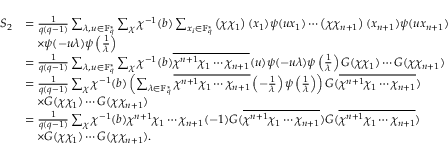
\begin{array} { r l } { S _ { 2 } } & { = \frac { 1 } { q ( q - 1 ) } \sum _ { \lambda , u \in \mathbb { F } _ { q } ^ { * } } \sum _ { \chi } \chi ^ { - 1 } ( b ) \sum _ { x _ { i } \in \mathbb { F } _ { q } ^ { * } } \left( \chi \chi _ { 1 } \right) ( x _ { 1 } ) \psi ( u x _ { 1 } ) \cdots \left( \chi \chi _ { n + 1 } \right) ( x _ { n + 1 } ) \psi ( u x _ { n + 1 } ) } \\ & { \quad \times \psi ( - u \lambda ) \psi \left( \frac { 1 } { \lambda } \right) } \\ & { = \frac { 1 } { q ( q - 1 ) } \sum _ { \lambda , u \in \mathbb { F } _ { q } ^ { * } } \sum _ { \chi } \chi ^ { - 1 } ( b ) \overline { { \chi ^ { n + 1 } \chi _ { 1 } \cdots \chi _ { n + 1 } } } ( u ) \psi ( - u \lambda ) \psi \left( \frac { 1 } { \lambda } \right) G ( \chi \chi _ { 1 } ) \cdots G ( \chi \chi _ { n + 1 } ) } \\ & { = \frac { 1 } { q ( q - 1 ) } \sum _ { \chi } \chi ^ { - 1 } ( b ) \left( \sum _ { \lambda \in \mathbb { F } _ { q } ^ { * } } \overline { { \chi ^ { n + 1 } \chi _ { 1 } \cdots \chi _ { n + 1 } } } \left( - \frac { 1 } { \lambda } \right) \psi \left( \frac { 1 } { \lambda } \right) \right) G ( \overline { { \chi ^ { n + 1 } \chi _ { 1 } \cdots \chi _ { n + 1 } } } ) } \\ & { \quad \times G ( \chi \chi _ { 1 } ) \cdots G ( \chi \chi _ { n + 1 } ) } \\ & { = \frac { 1 } { q ( q - 1 ) } \sum _ { \chi } \chi ^ { - 1 } ( b ) \chi ^ { n + 1 } \chi _ { 1 } \cdots \chi _ { n + 1 } ( - 1 ) G ( \overline { { \chi ^ { n + 1 } \chi _ { 1 } \cdots \chi _ { n + 1 } } } ) G ( \overline { { \chi ^ { n + 1 } \chi _ { 1 } \cdots \chi _ { n + 1 } } } ) } \\ & { \quad \times G ( \chi \chi _ { 1 } ) \cdots G ( \chi \chi _ { n + 1 } ) . } \end{array}